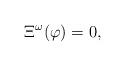
LaTeX: \begin{align*}\Xi^{\omega}(\varphi)=0,\end{align*}